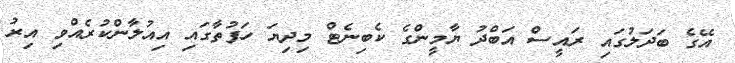
އޭގެ ބަދަލުގައި ރައީސް އަބްދު ޔާމީންގެ ކެބިނެޓް މިދިޔަ ހަފުތާގައި އިއުލާންކުރެއްވި އިރު